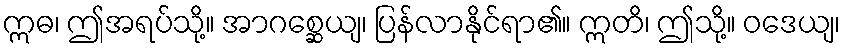
ဣဓ၊ ဤအရပ်သို့။ အာဂစ္ဆေယျ၊ ပြန်လာနိုင်ရာ၏။ ဣတိ၊ ဤသို့။ ဝဒေယျ၊